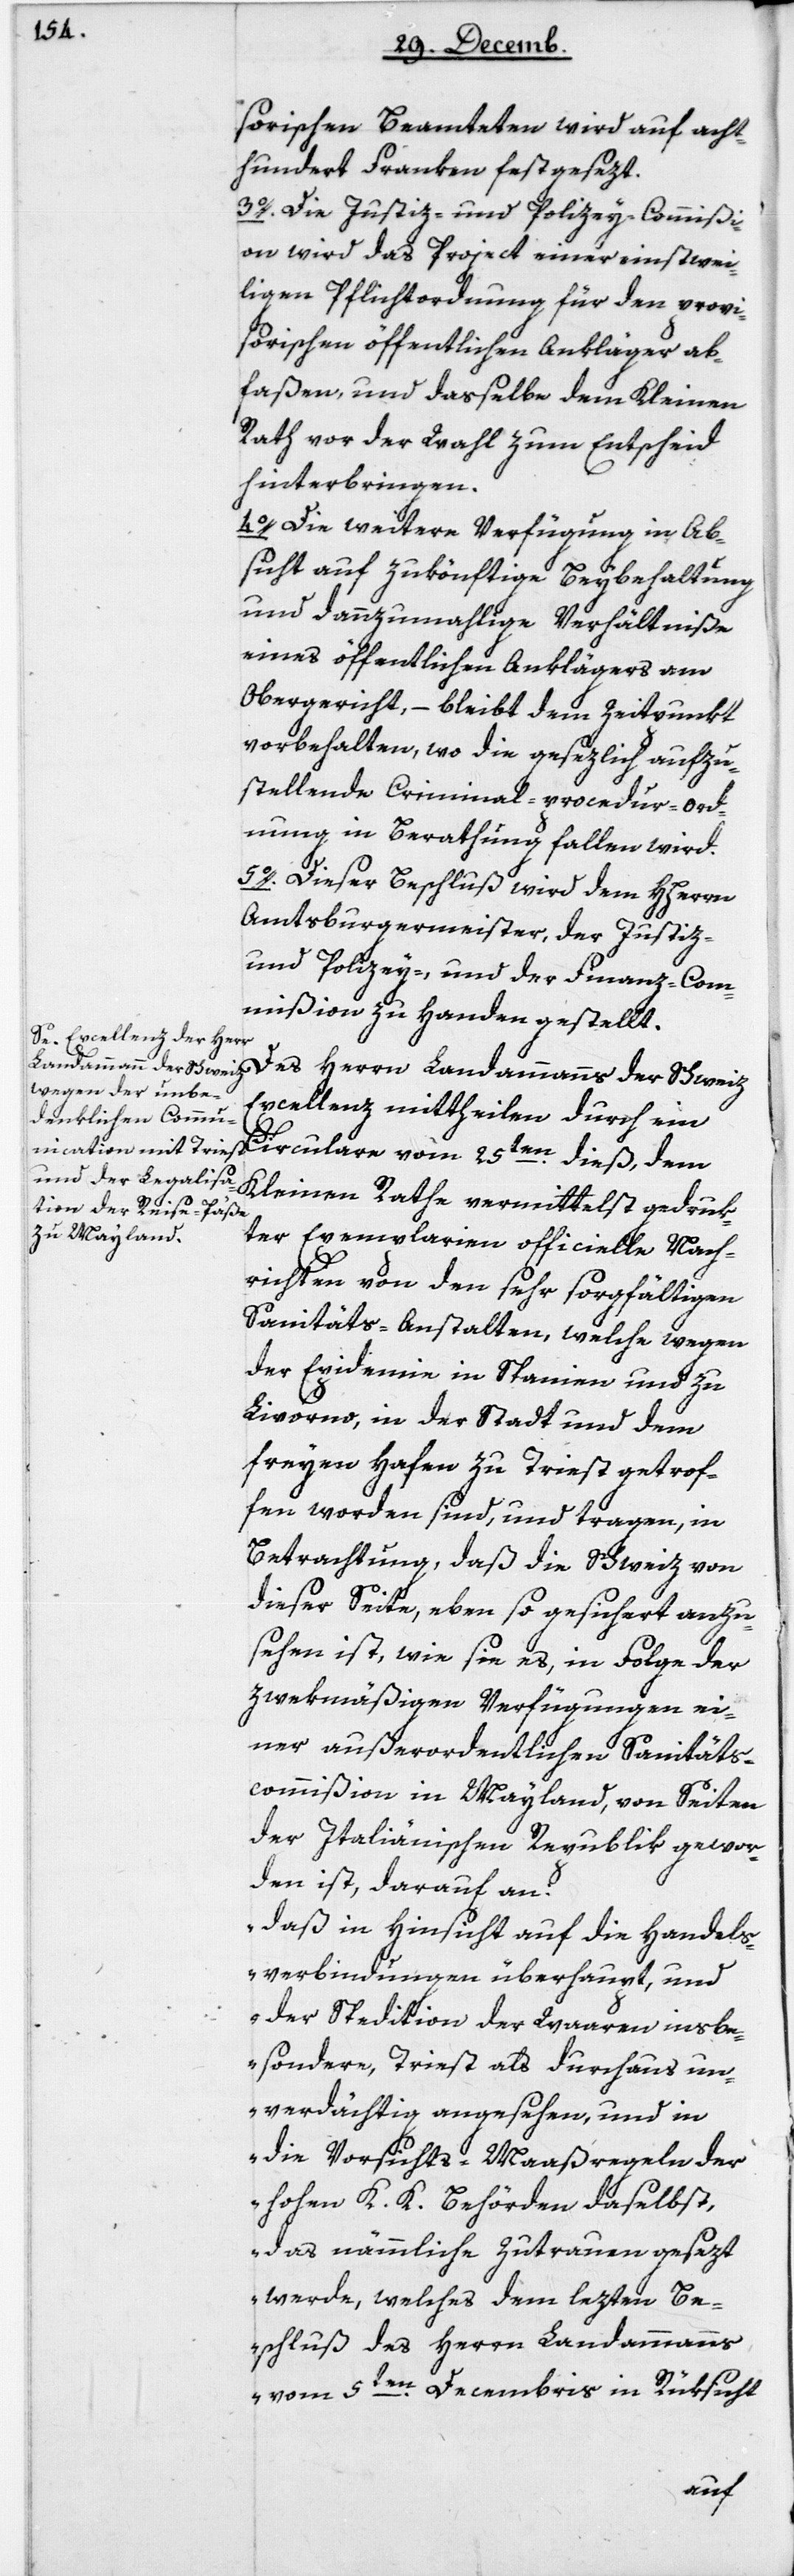
sorischen Beamteten wird auf acht¬
hundert Franken festgesezt.
3. Die Justiz- und Polizey-Commißi¬
on wird das Project einer einstwei¬
ligen Pflichtordnung für den provi¬
sorischen öffentlichen Ankläger ab¬
faßen und daßelbe dem Kleinen
Rath vor der Wahl zum Entscheid
hinterbringen.
4. Die weitere Verfügung in Ab¬
sicht auf die zukönftige Beybehaltung
und dannzumahlige Verhältniße
eines öffentlichen Anklägers am
Obergericht, – bleibt dem Zeitpunkt
vorbehalten, wo die gesezlich aufzu¬
stellende Criminal-Procedur-Ord¬
nung in Berathung fallen wird.
5. Dieser Beschluß wird dem HHerrn
Amtsburgermeister, der Justiz-
und Polizey- und der Finanz-Com¬
mißion zu Handen gestellt.
Des Herrn Landammanns der Schweiz
Excellenz mittheilen durch ein
Circular vom 25ten dieß, dem
Kleinen Rathe vermittelst gedruk¬
ter Exemplarien officielle Nach¬
richten von den sehr sorgfältigen
Sanitäts-Anstalten, welche wegen
der Epidemie in Spanien und zu
Livorno, in der Stadt und dem
freyen Hafen zu Triest getrof¬
fen worden sind, und tragen, in
Betrachtung daß die Schweiz von
dieser Seite, eben so gesichert anzu¬
sehen ist, wie sie es, in Folge der
zwekmäßigen Verfügungen ei¬
ner außerordentlichen Sanitäts¬
commißion in Mayland, von Seiten
der Italienischen Republik gewor¬
den ist, darauf an.
„Daß in Hinsicht auf die Handels¬
verbindungen überhaupt, und
der Spedition der Waaren insbe¬
sondere, Triest als durchaus un¬
verdächtig angesehen, und in
die Vorsichts-Maaßregeln der
hohen K. K. Behörden daselbst,
das nämmliche Zutrauen gesezt
werde, welches dem lezten Be¬
schluß des Herrn Landammanns
vom 5ten Decembris in Rüksicht